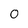
Character: 0